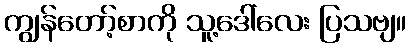
ကျွန်တော့်စာကို သူ့ဒေါ်လေး ပြသဗျ။